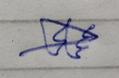
Signature authenticity: genuine